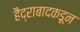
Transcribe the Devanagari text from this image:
हैद्राबादकडून